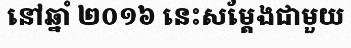
នៅឆ្នាំ ២០១៦ នេះសម្តែងជាមួយ